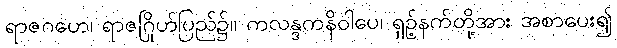
ရာဇဂဟေ၊ ရာဇဂြိုဟ်ပြည်၌။ ကလန္ဒကနိဝါပေ၊ ရှဉ့်နက်တို့အား အစာပေး၍